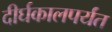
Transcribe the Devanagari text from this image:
दीर्घकालपर्यंत